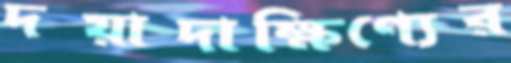
দয়াদাক্ষিণ্যের